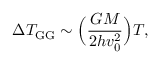
\Delta T _ { \mathrm { G G } } \sim \Bigl ( \frac { G M } { 2 h v _ { 0 } ^ { 2 } } \Bigr ) T ,